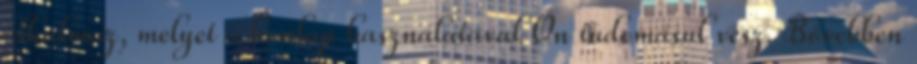
alkalmaz, melyet a honlap használatával Ön tudomásul vesz. Bővebben